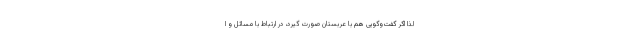
لذا اگر گفت‌وگویی هم با عربستان صورت گیرد، در ارتباط با مسائل و ا